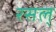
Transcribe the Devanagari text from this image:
रसल्